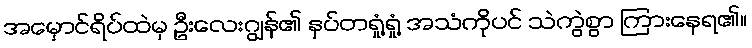
အမှောင်ရိပ်ထဲမှ ဦးလေးဂျွန်၏ နှပ်တရှုံ့ရှုံ့ အသံကိုပင် သဲကွဲစွာ ကြားနေရ၏။